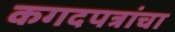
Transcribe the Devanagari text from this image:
कगदपत्रांचा